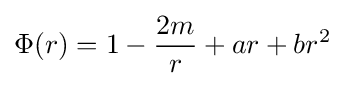
\Phi (r)=1-{\frac {2m}{r}}+ar+br^{2}